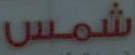
شمس